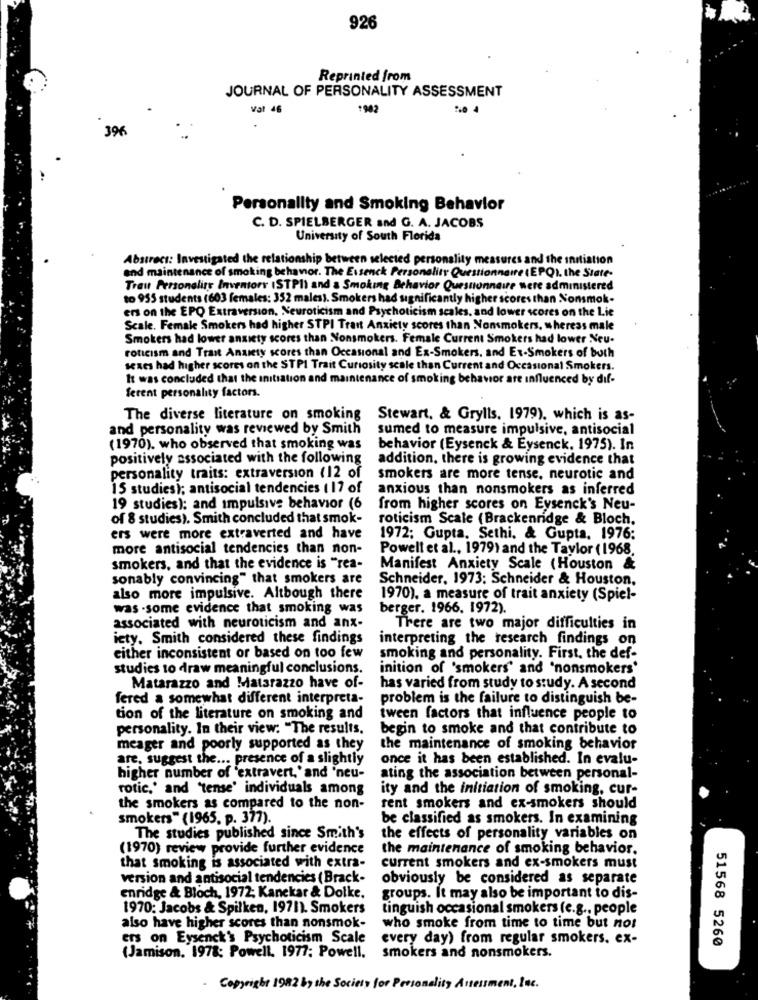
926
Reprinted from
JOURNAL OF PERSONALITY ASSESSMENT
Vat 46
:902
396
Personality and Smoking Behavior
C. D. SPIELBERGER and G. A. JACOBS
University of South Florida
Abstract: Investigated the relationship between selected personality measures and the initiation
and maintenance of smoking behavior. The Essenck Personality Questionnaire (EPQ), the State-
Traut Personality Inventory ISTPII and a Smoking Behavior Questionnaire were administered
to 955 students (603 females: 352 males). Smokers had significantly higher scores than Nonsmok.
ers on the EPQ Extraversion, Neuroticism and Psychoticism scales, and lower scores on the Lie
Scale. Female Smokers had higher STPI Trant Anxiety scores than Nonsmokers, whereas male
Smokers had lower anxiety scores than Nonsmokers. Female Current Smokers had lower Neu-
roticism and Trait Anxiety scores than Occasional and Ex-Smokers, and Et-Smokers of both
sexes had higher scores on the STPI Trait Curiosity scale than Current and Occasional Smokers.
It was concluded that the initiation and maintenance of smoking behavior are influenced by dif-
ferent personality factors.
The diverse literature on smoking
Stewart, & Grylls, 1979), which is as-
and personality was reviewed by Smith
sumed to measure impulsive, antisocial
(1970). who observed that smoking was
behavior (Eysenck & Eysenck, 1975). In
positively associated with the following
addition, there is growing evidence that
personality traits: extraversion (12 of
smokers are more tense, neurotic and
15 studies); antisocial tendencies ( 17 of
anxious than nonsmokers as inferred
19 studies): and impulsive behavior (6
from higher scores on Eysenck's Neu-
of 8 studies). Smith concluded that smok-
roticism Scale (Brackenridge & Bloch.
ers were more extraverted and have
1972; Gupta, Sethi, & Gupta, 1976:
more antisocial tendencies than non-
Powell et al ., 1979) and the Taylor (1968.
smokers, and that the evidence is "rea-
Manifest Anxiety Scale (Houston &
sonably convincing" that smokers are
Schneider, 1973: Schneider & Houston,
also more impulsive. Although there
1970), a measure of trait anxiety (Spiel-
was some evidence that smoking was
berger. 1966. 1972).
associated with neuroticism and anx-
There are two major difficulties in
iety. Smith considered these findings
interpreting the research findings on
either inconsistent or based on too few
smoking and personality. First, the def-
studies to draw meaningful conclusions.
inition of 'smokers' and 'nonsmokers'
Matarazzo and Matarazzo have of-
has varied from study to study. A second
fered a somewhat different interpreta-
problem is the failure to distinguish be-
tion of the literature on smoking and
tween factors that influence people to
personality. In their view: "The results.
begin to smoke and that contribute to
meager and poorly supported as they
the maintenance of smoking behavior
are, suggest the ... presence of a slightly
once it has been established. In evalu-
higher number of 'extravert,' and 'neu-
ating the association between personal-
rotic,' and 'tense' individuals among
ity and the initiation of smoking, cur-
the smokers as compared to the non-
rent smokers and ex-smokers should
smokers" (1965. p. 377).
be classified as smokers. In examining
The studies published since Smith's
the effects of personality variables on
(1970) review provide further evidence
the maintenance of smoking behavior.
that smoking is associated with extra-
current smokers and ex-smokers must
version and antisocial tendencies (Brack-
obviously be considered as separate
enridge & Bloch, 1972; Kanekar & Dolke.
groups. It may also be important to dis-
1970; Jacobs & Spilken, 1971). Smokers
tinguish occasional smokers (e.g ., people
who smoke from time to time but not
also have higher scores than nonsmok-
ers on Eysenck's Psychoticism Scale
every day) from regular smokers. ex-
51568 5260
(Jamison. 1978; Powell. 1977; Powell.
smokers and nonsmokers.
Copyright 1982 by
Personality Assessment, Inc.